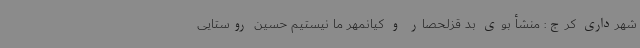
شهرداری کرج: منشأ بوی بد قزلحصار و کیانمهر ما نیستیم حسین روستایی